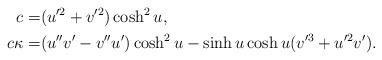
LaTeX: \begin{align*}c=&(u'^2+v'^2)\cosh^2u, \\c \kappa=&(u''v'-v''u')\cosh^2u -\sinh u\cosh u(v'^3+u'^2v').\end{align*}